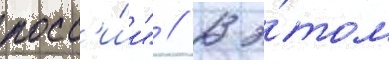
росс'и́и" // В э́том